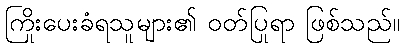
ကြိုးပေးခံရသူများ၏ ဝတ်ပြုရာ ဖြစ်သည်။